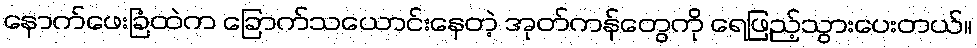
နောက်ဖေးခြံထဲက ခြောက်သယောင်းနေတဲ့ အုတ်ကန်တွေကို ရေဖြည့်သွားပေးတယ်။